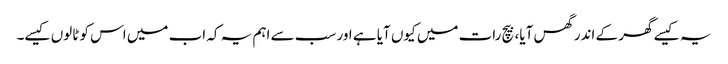
یہ کیسے گھر کے اندر گھس آیا، بیچ رات میں کیوں آیا ہے اور سب سے اہم یہ کہ اب میں اس کو ٹالوں کیسے۔